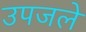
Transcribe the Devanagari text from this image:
उपजले